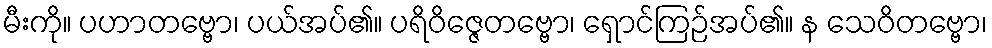
မီးကို။ ပဟာတဗ္ဗော၊ ပယ်အပ်၏။ ပရိဝိဇ္ဇေတဗ္ဗော၊ ရှောင်ကြဉ်အပ်၏။ န သေဝိတဗ္ဗော၊